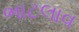
ભાટલાવ